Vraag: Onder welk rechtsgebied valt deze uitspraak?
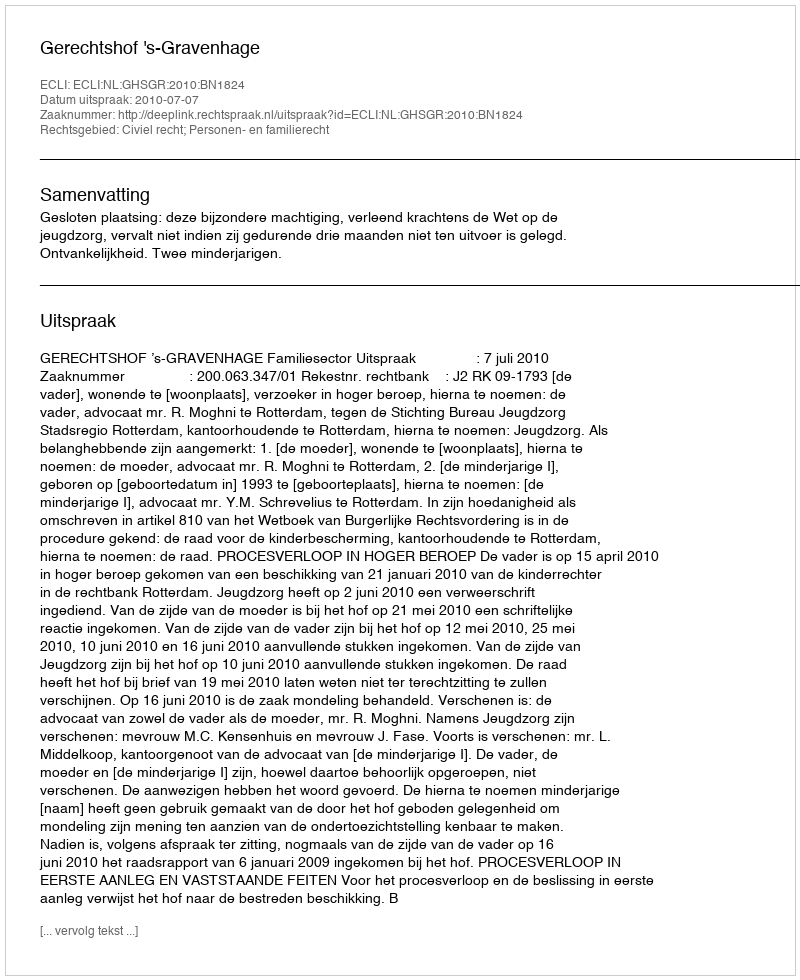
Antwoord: Civiel recht; Personen- en familierecht